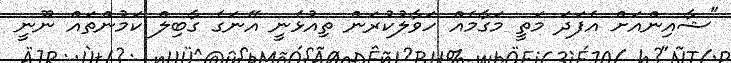
"ޝާއިންއަށް އެފަދަ މަތީ މަގާމެއް ހަވާލުކުރަން ތިއުޅެނީ އޭނަގެ ގާބިލް ކަމުންތައް ނޫނީ